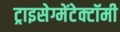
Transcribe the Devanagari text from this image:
ट्राइसेग्मेंटेक्टॉमी